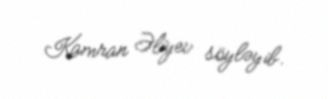
Kamran Əliyev söyləyib.